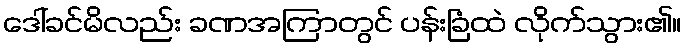
ဒေါ်ခင်မိလည်း ခဏအကြာတွင် ပန်းခြံထဲ လိုက်သွား၏။